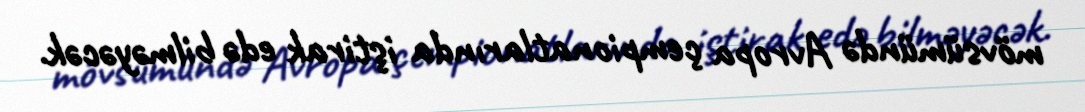
mövsümündə Avropa çempionatlarında iştirak edə bilməyəcək.